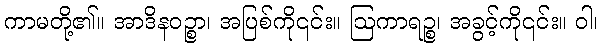
ကာမတို့၏။ အာဒိနဝဉ္စာ၊ အပြစ်ကို၎င်း။ ဩကာရဉ္စ၊ အခွင့်ကို၎င်း။ ဝါ၊